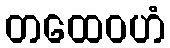
တထေဝဟံ